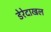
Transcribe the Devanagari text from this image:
डेरेदाखल